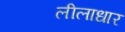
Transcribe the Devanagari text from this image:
लीलाधार